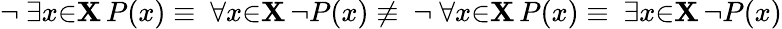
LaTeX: \lnot\ \exists{x}{\in}\mathbf{X}\, P(x)\equiv\ \forall{x}{\in}\mathbf{X}\, \lnot P(x)\not\equiv\ \lnot\ \forall{x}{\in}\mathbf{X}\, P(x)\equiv\ \exists{x}{\in}\mathbf{X}\, \lnot P(x)